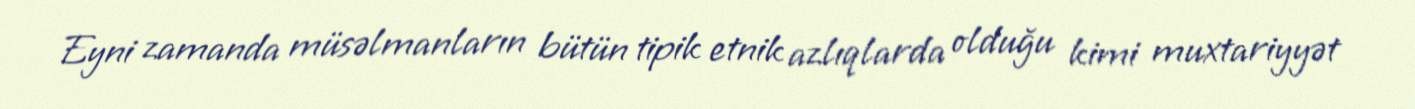
Eyni zamanda müsəlmanların bütün tipik etnik azlıqlarda olduğu kimi muxtariyyət